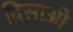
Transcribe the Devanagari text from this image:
दिसाओ